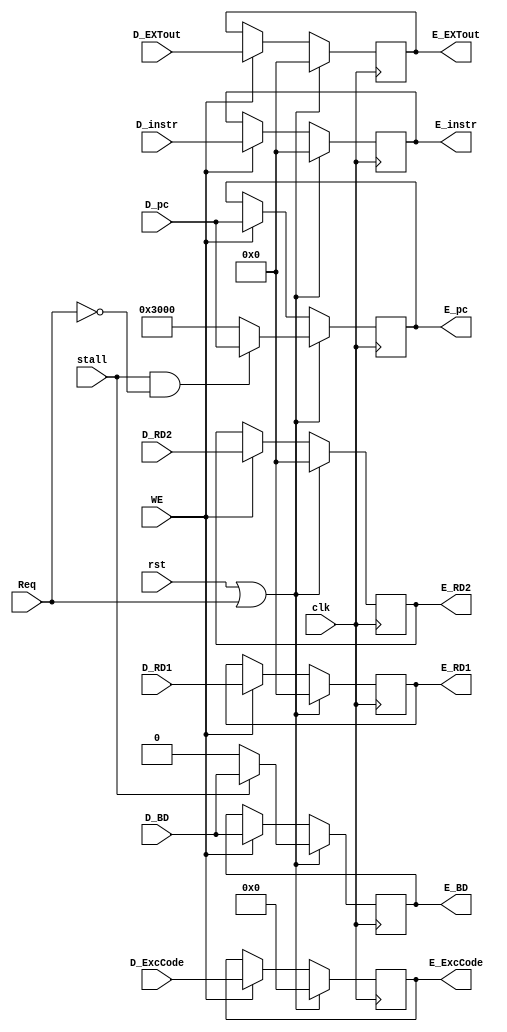
module E_REG (
    input clk,
    input rst,
    input WE,
    input stall,
    input Req,
    input [31:0] D_instr,
    input [31:0] D_pc,
    input [31:0] D_EXTout,
    input [31:0] D_RD1,
    input [31:0] D_RD2,
    input D_BD,
    input [4:0] D_ExcCode,
    output reg [31:0] E_instr,
    output reg [31:0] E_pc,
    output reg [31:0] E_EXTout,
    output reg [31:0] E_RD1,
    output reg [31:0] E_RD2,
    output reg E_BD,
    output reg [4:0] E_ExcCode
    );

    always @(posedge clk) begin
        if(rst || Req) begin
            E_instr <= 0;
            E_pc <= stall && !Req ? D_pc : 32'h3000;
            E_EXTout <= 0;
            E_RD1 <= 0;
            E_RD2 <= 0;
            E_BD <= stall ? D_BD : 1'b0;
            E_ExcCode <= 5'b0;
        end else if(WE) begin
            E_instr <= D_instr;
            E_pc <= D_pc;
            E_EXTout <= D_EXTout;
            E_RD1 <= D_RD1;
            E_RD2 <= D_RD2;
            E_BD <= D_BD;
            E_ExcCode <= D_ExcCode;
        end
    end
    
endmodule